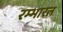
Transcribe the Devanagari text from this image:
रम्भारत्न